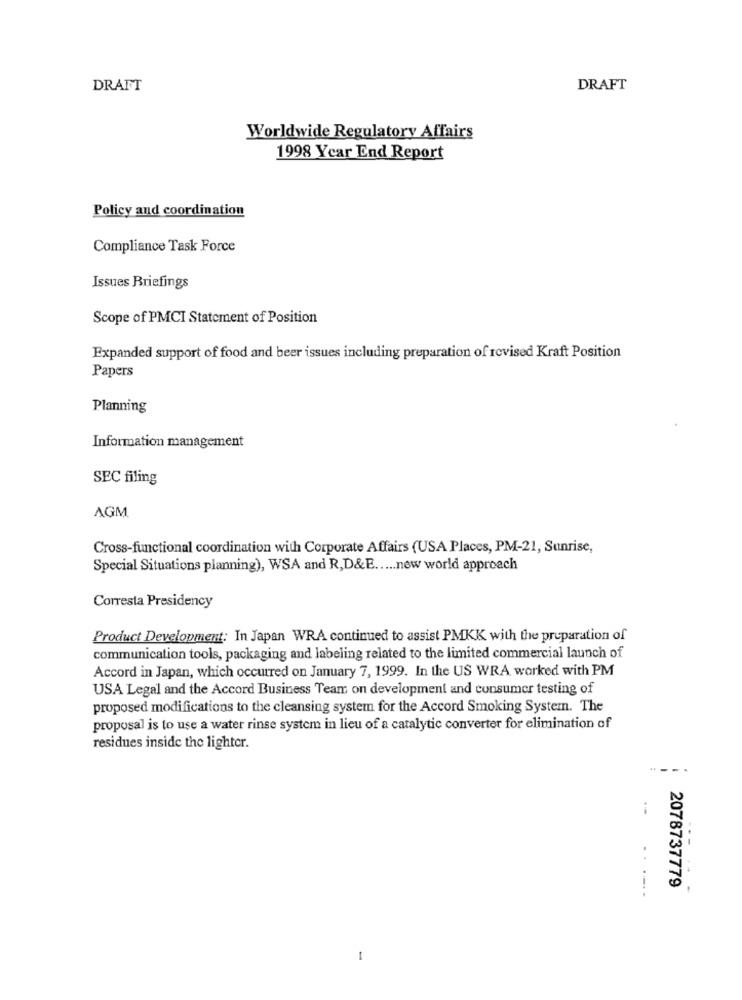
DRAFT
DRAFT
Worldwide Regulatory Affairs
1998 Year End Report
Policy and coordination
Compliance Task Force
Issues Briefings
Scope of PMCI Statement of Position
Expanded support of food and beer issues including preparation of revised Kraft Position
Papers
Planning
Information management
SEC filing
AGM
Cross-functional coordination with Corporate Affairs (USA Places, PM-21, Sunrise,
Special Situations planning), WSA and R,D&E ..... new world approach
Corresta Presidency
Product Development: In Japan WRA continued to assist PMKK with the preparation of
communication tools, packaging and labeling related to the limited commercial launch of
Accord in Japan, which occurred on January 7, 1999. In the US WRA worked with PM
USA Legal and the Accord Business Team on development and consumer testing of
proposed modifications to the cleansing system for the Accord Smoking System. The
proposal is to use a water rinse system in lieu of a catalytic converter for elimination of
residues inside the lighter.
2078737779
.....
1